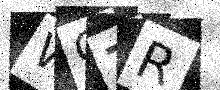
Text: WOZR